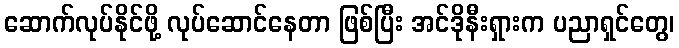
ဆောက်လုပ်နိုင်ဖို့ လုပ်ဆောင်နေတာ ဖြစ်ပြီး အင်ဒိုနီးရှားက ပညာရှင်တွေ၊